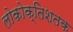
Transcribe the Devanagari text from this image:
लोकोक्तिशतक